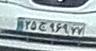
۲۵ج۹۶۹۷۷